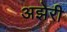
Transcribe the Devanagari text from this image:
अझेरी